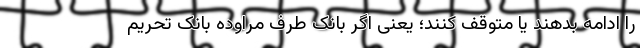
را ادامه بدهند یا متوقف کنند؛ یعنی اگر بانک طرف مراوده بانک تحریم